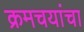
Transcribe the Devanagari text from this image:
क्रमचयांचा